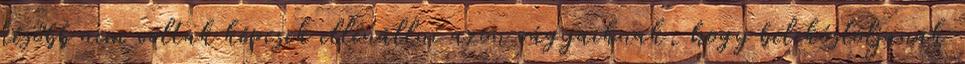
később nem voltak képesek ellenállni azon vágyaiknak, hogy belekóstoljanak